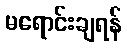
မရောင်းချရန်